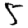
Digit: 5